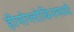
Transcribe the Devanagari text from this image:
हीमोग्लोबिनमध्ये